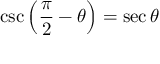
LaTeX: \csc \left( { \frac { \pi } { 2 } } - \theta \right) = \sec \theta